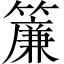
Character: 簾